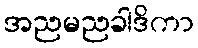
အညမညခါဒိကာ